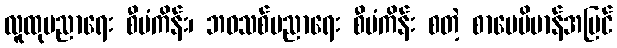
လူထုပညာရေး စီမံကိန်း၊ ဘဝသစ်ပညာရေး စီမံကိန်း စတဲ့ စာပေဗိမာန်အပြင်